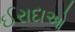
ઈરાદાઓ